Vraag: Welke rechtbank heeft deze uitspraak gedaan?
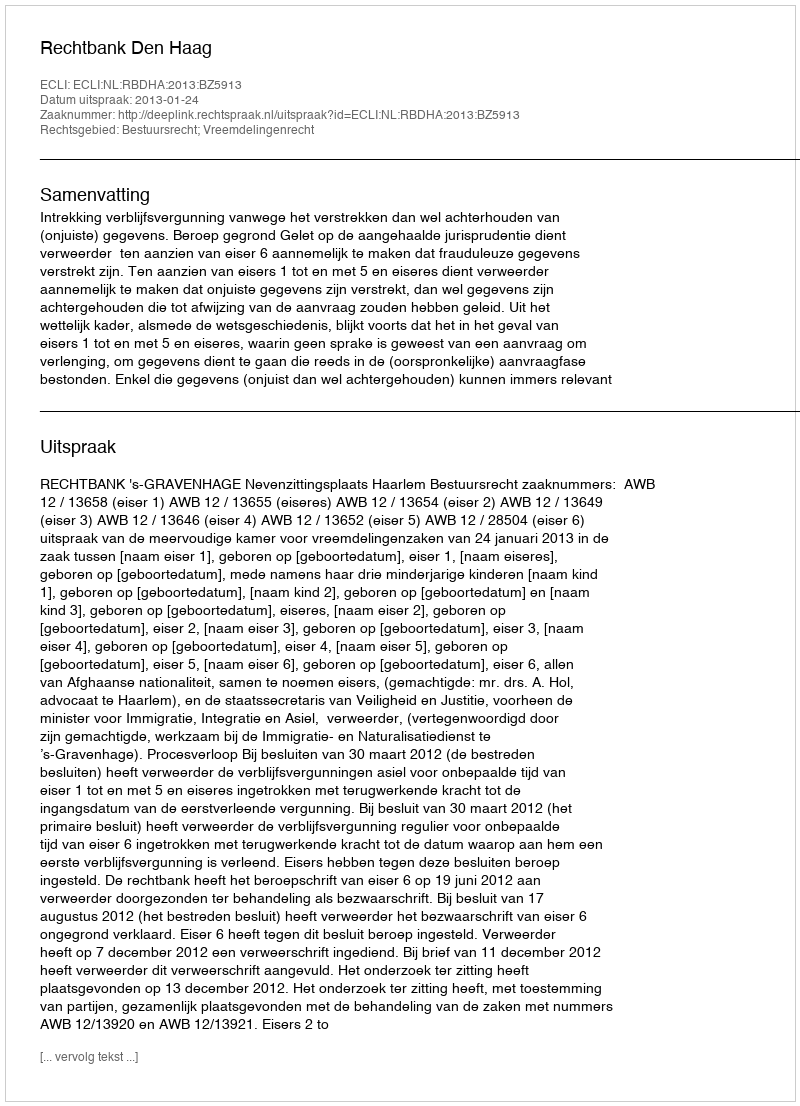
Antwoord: Rechtbank Den Haag